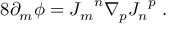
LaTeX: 8 \partial _ { m } \phi = { J _ { m } } ^ { n } \nabla _ { p } { J _ { n } } ^ { p } \; .